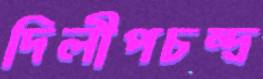
দিলীপচন্দ্র